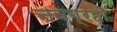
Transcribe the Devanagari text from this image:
नवग्रहो